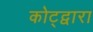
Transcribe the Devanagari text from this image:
कोट्द्वारा